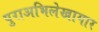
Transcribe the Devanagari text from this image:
पुराअभिलेखागार